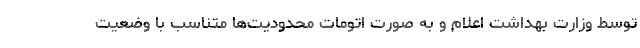
توسط وزارت بهداشت اعلام و به صورت اتومات محدودیت‌ها متناسب با وضعیت